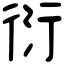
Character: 衍